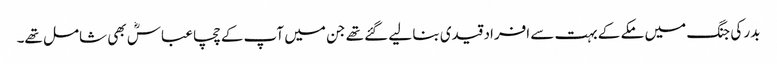
بدر کی جنگ میں مکے کے بہت سے افراد قیدی بنا لیے گئے تھے جن میں آپ کے چچا عباسؓ بھی شامل تھے۔